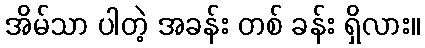
အိမ်သာ ပါတဲ့ အခန်း တစ် ခန်း ရှိလား။